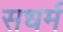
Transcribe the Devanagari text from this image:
सधर्म